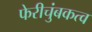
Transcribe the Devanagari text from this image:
फेरीचुंबकत्व